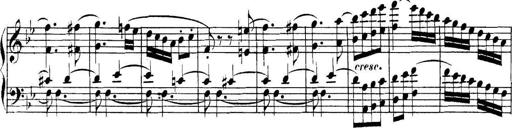
Title: Collected Piano Sonatas
Composer: Muzio Clementi